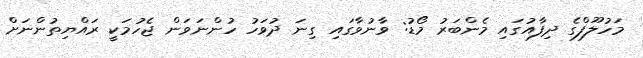
މަހުލޫފްގެ ދިފާއުގައި މެންބަރު މޯޑު: ވާނުވާގައި ގިނަ ދުވަހު ހުންނަވަން ޖެހުމަކީ ރައްޔިތުންނަށް